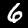
Label: 6